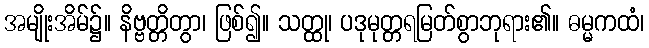
အမျိုးအိမ်၌။ နိဗ္ဗတ္တိတွာ၊ ဖြစ်၍။ သတ္ထု၊ ပဒုမုတ္တရမြတ်စွာဘုရား၏။ ဓမ္မကထံ၊